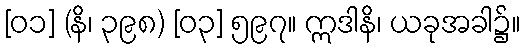
[၀၁] (နိ၊ ၃၉၈) [၀၃] ၅၉၇။ ဣဒါနိ၊ ယခုအခါ၌။